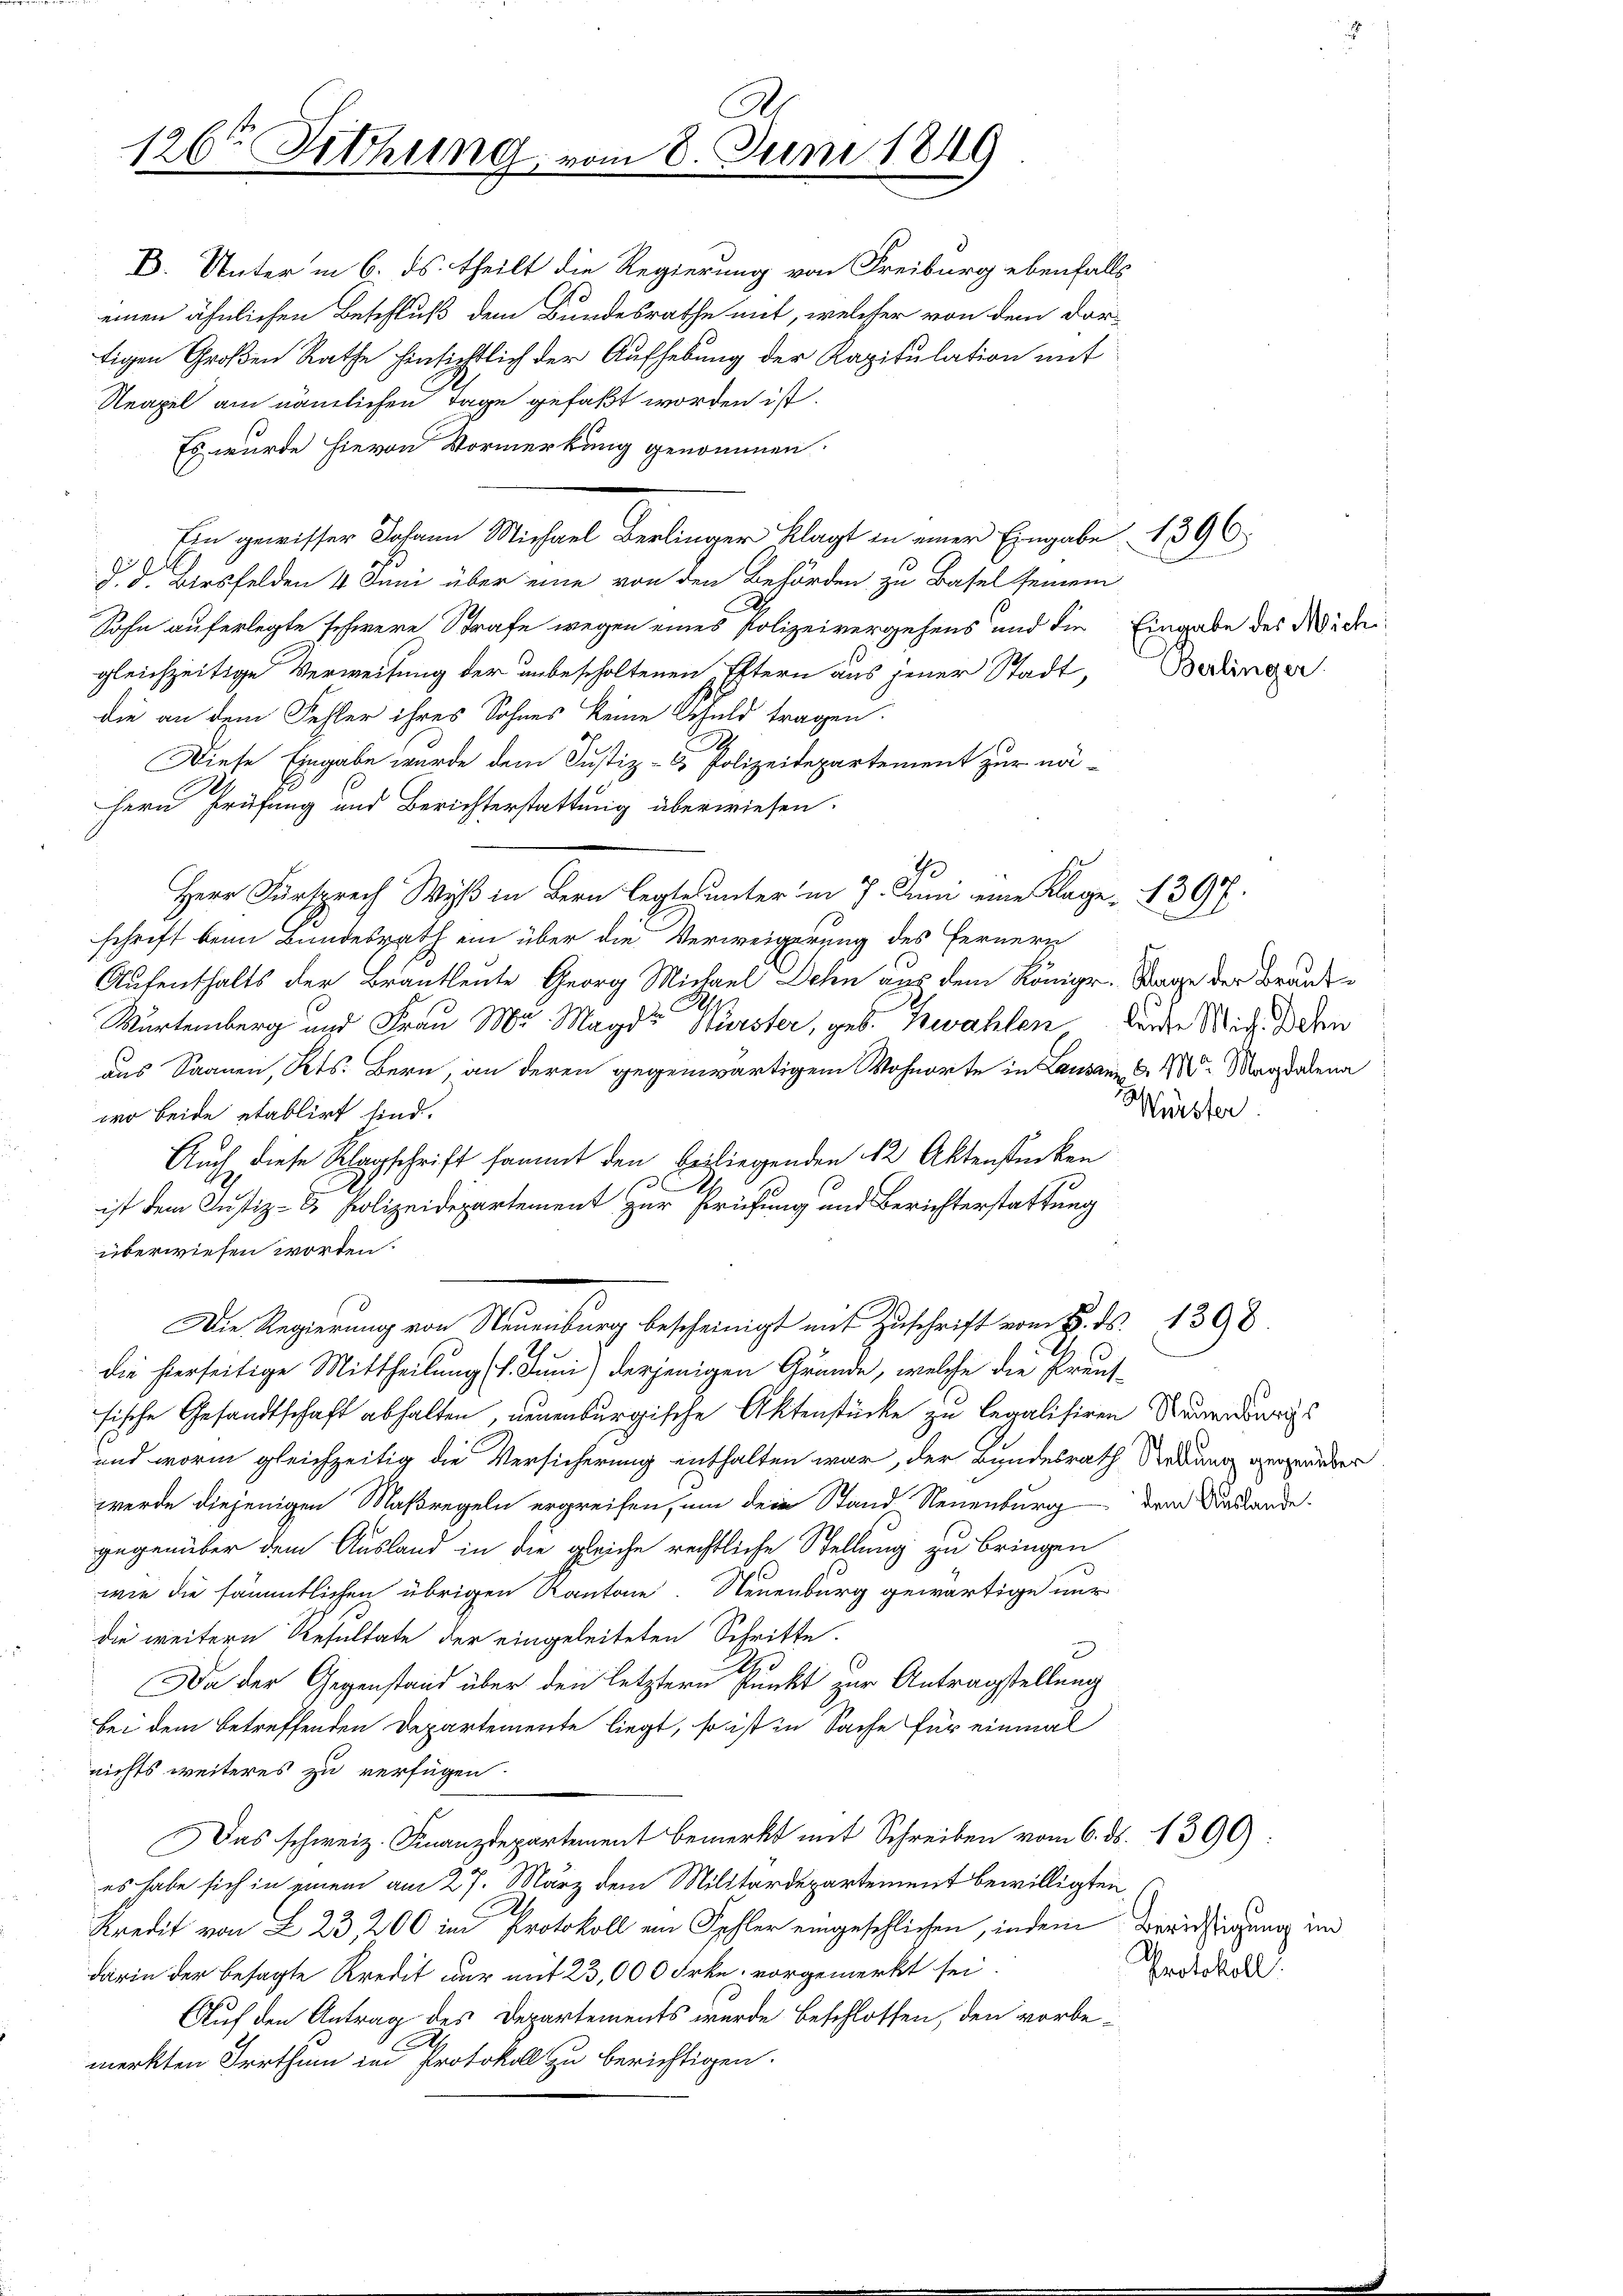
126ten Sitzung, vom 8. Juni 1849

D. Unter in 6. ds. theilt die Regierung von Freiburg ebenfalls
einen ähnlichen Beschluß dem Bundesrathe mit, welcher von dem dor-
tigen Großen Rathe hinsichtlich der Aufhebung der Kapitulation mit
Neapel am nämlichen Tage gefaßt worden ist.
Es wurde hievon Vormerkung genommen.
d Birsfelden 4 Juni über eine von den Behörden zu Basel seinem
Sohn auferlegte schwere Strafe wegen eines Polizeivergehens und die Eingabe des Widerigleichzeitige Verweisung der unbescholtenen Eltern aus jener Stadt,
die an dem Fehler ihres Sohnes keine Schuld tragen.
Diese Eingabe wurde dem Justiz- & Polizeidepartement zur nä¬
Hern Prüfung und Berichterstattung überwiesen.
0
Herr Fürsprech Wyß in Bern legte unter in 7. Juni eine Klage 1397.
schrift beim Bundesrath ein über die Verweigerung des Fernern
Aufenthalts der Brautleute Georg Michael Ich aus dem Königr. Sage der Brand¬
A
Wartemberg und Frau Mr. Magdt Würster, geb. Zwahlen wurde Mit Schen
aus Saanen, Kts. Bern, an deren gegenwärtigem Wohnorte in Lausann, S. 18. Magdalena
wo beide etablirt sind.
Auch diese Klarschrift sammt den beiliegenden 42 Aktenstücken
d
ist dem Justiz- & Polizeidepartement zur Prüfung und Berichterstattung
überwiesen worden.
Die Regierung von Neuenburg bescheinigt mit Zuschrift vom 8. ds. 1398
die hierseitige Mittheilung l. Juni) derjenigen Grunde, welche die Preussische Gesandtschaft abhalten, neuenburgische Aktenstücke zu legalisiren Mauer durchs
und worin gleichzeitig die Versicherung enthalten war, der Bundesrath Sedung gegenüber
werde diejenigen Maßregeln ergreifen, um dein Stand Neuenburg
gegenüber dem Ausland in die gleiche rechtliche Stellung zu bringen
wie die sämmtlichen übrigen Kantone. Neuenburg gewärtige nur
die weitern Resultate der eingeleiteten Schritte
Da der Gegenstand über den letztern Punkt zur Antragstellung
bei dem betreffenden Departemente liegt, so ist in Sache für einmal
nichts weiteres zu verfügen.
Das schweiz. Finanzdepartement bemerkt mit Schreiben vom 6. ds. 1390):
es habe sich in einem am 27. März dem Militardepartement bewilligten,
.
Kredit von L 23, 200 im Protokoll ein Fehler eingeschlichen, indem Berichtigung im
darin der besagte Kredit nur mit 23,000 Frkn. vorgemerkt sei.
Auf den Antrag des Departements wurde beschlossen, den vorbe¬
1
merkten Irrthum im Protokoll zu berichtigen.

Ein gewisser Johann Michael Berlinger Klagt in einer Eingabe 1396.

u

Berlinger.

Würster

dem Auslande.

Protokoll.